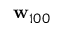
{ \bf w } _ { 1 0 0 }